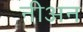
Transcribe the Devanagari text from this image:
नीअन